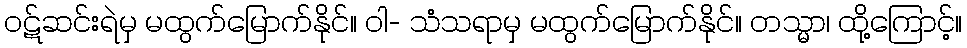
ဝဋ်ဆင်းရဲမှ မထွက်မြောက်နိုင်။ ဝါ- သံသရာမှ မထွက်မြောက်နိုင်။ တသ္မာ၊ ထို့ကြောင့်။